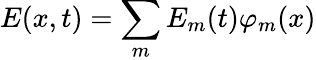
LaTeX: E(x,t)=\sum_{m}E_{m}(t)\varphi_{m}(x)